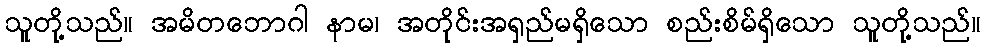
သူတို့သည်။ အမိတဘောဂါ နာမ၊ အတိုင်းအရှည်မရှိသော စည်းစိမ်ရှိသော သူတို့သည်။